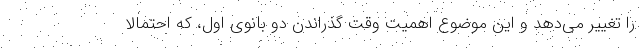
را تغییر می‌دهد و این موضوع اهمیت وقت گذراندن دو بانوی اول، که احتمالا